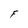
Character: F